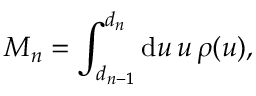
M _ { n } = \int _ { d _ { n - 1 } } ^ { d _ { n } } \mathrm { d } u \, u \, \rho ( u ) ,